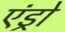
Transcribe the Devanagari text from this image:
एंड्रो